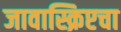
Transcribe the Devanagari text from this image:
जावास्क्रिप्टचा